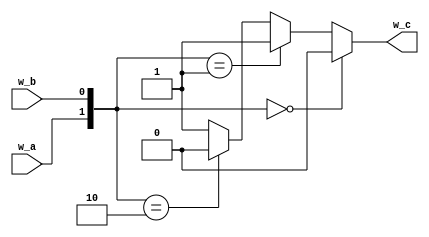
module m_main(w_a, w_b, w_c);
  input wire w_a, w_b;
  output wire w_c;
  assign w_c = ({w_a, w_b}==2'b00) ? 0 :
               ({w_a, w_b}==2'b01) ? 1 :
               ({w_a, w_b}==2'b10) ? 0 : 1;
endmodule